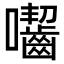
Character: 囓